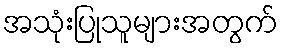
အသုံးပြုသူများအတွက်